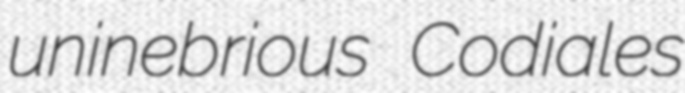
uninebrious Codiales